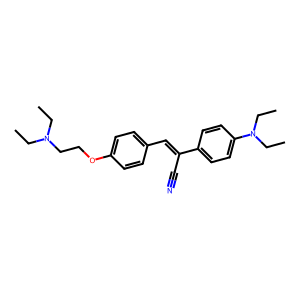
SMILES: CCN(CC)CCOc1ccc(C=C(C#N)c2ccc(N(CC)CC)cc2)cc1
Inhibits HIV replication: No